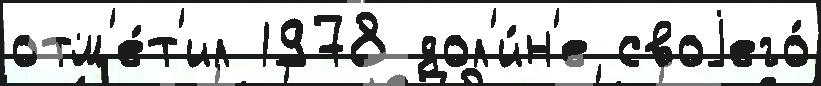
отм'е́т'ил 1978 дол'и́н'е своjего́